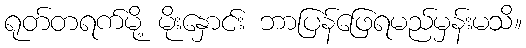
ရုတ်တရက်မို့ မိုးနှောင်း ဘာပြန်ဖြေရမည်မှန်းမသိ။